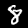
Label: 8